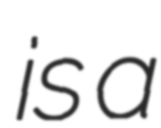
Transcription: is a